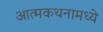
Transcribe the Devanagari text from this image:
आत्मकथनामध्ये